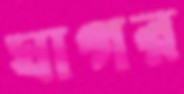
ঘাগর